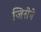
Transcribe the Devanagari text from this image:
जिसेने